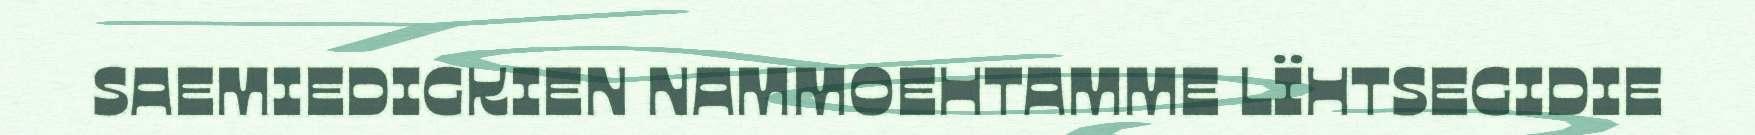
SAEMIEDIGKIEN NAMMOEHTAMME LÏHTSEGIDIE